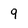
Character: 9